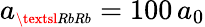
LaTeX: a_{\scriptscriptstyle\textsl{RbRb}}=100\, a_{0}